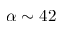
\alpha \sim 4 2